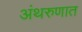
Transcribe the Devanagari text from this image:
अंथरुणात